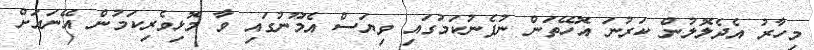
މިހާރު އެދެލޮލުން ކަރުނަ އޮހޭތަން ނުފެނުކަމުގައި ވިޔަސް އެމޫނުގައި ވާ މޮޅިވެރިކަމުން އޭނައަށް